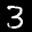
Label: 3